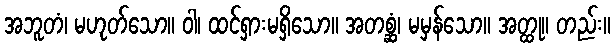
အဘူတံ၊ မဟုတ်သော။ ဝါ၊ ထင်ရှားမရှိသော။ အတစ္ဆံ၊ မမှန်သော။ အတ္ထု။ တည်း။